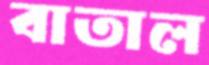
বাতাল